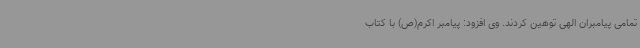
تمامی پیامبران الهی توهین کردند. وی افزود: پیامبر اکرم(ص) با کتاب